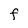
Character: F